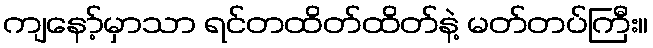
ကျနော့်မှာသာ ရင်တထိတ်ထိတ်နဲ့ မတ်တပ်ကြီး။